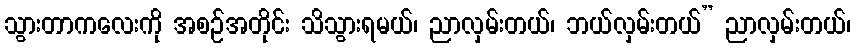
သွားတာကလေးကို အစဉ်အတိုင်း သိသွားရမယ်၊ ညာလှမ်းတယ်၊ ဘယ်လှမ်းတယ်” ညာလှမ်းတယ်၊